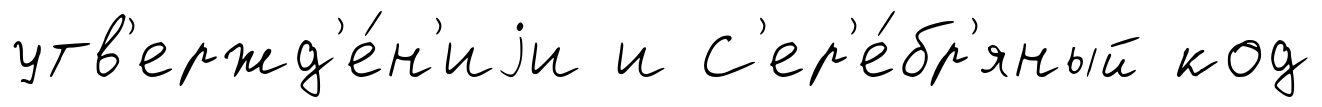
утв'ержд'е́н'иjи и С'ер'е́бр'яный код